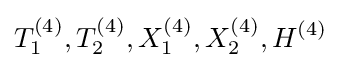
T_{1}^{(4)},T_{2}^{(4)},X_{1}^{(4)},X_{2}^{(4)},H^{(4)}